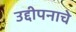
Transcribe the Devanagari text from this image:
उद्दीपनाचे